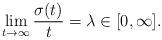
LaTeX: \begin{align*} \lim_{t\to\infty} \frac{\sigma(t)}{t}=\lambda\in[0,\infty].\end{align*}